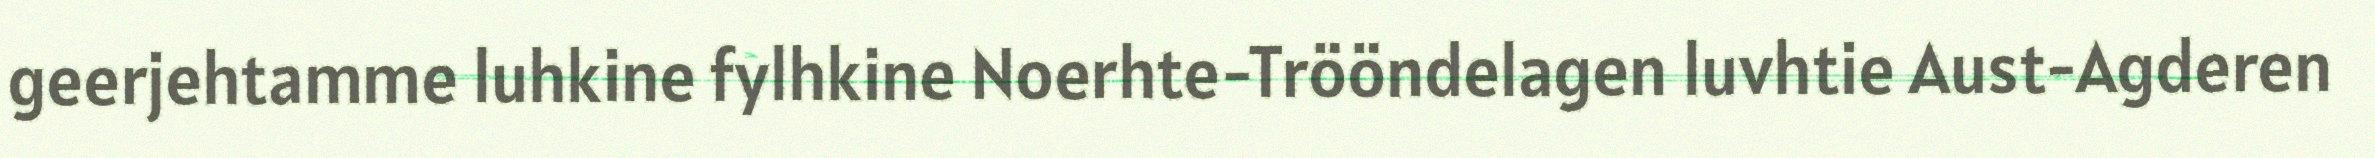
geerjehtamme luhkine fylhkine Noerhte-Trööndelagen luvhtie Aust-Agderen